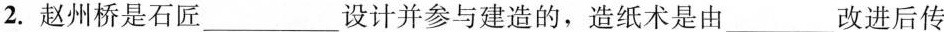
2.赵州桥是石匠___设计并参与建造的，造纸术是由___改进后传